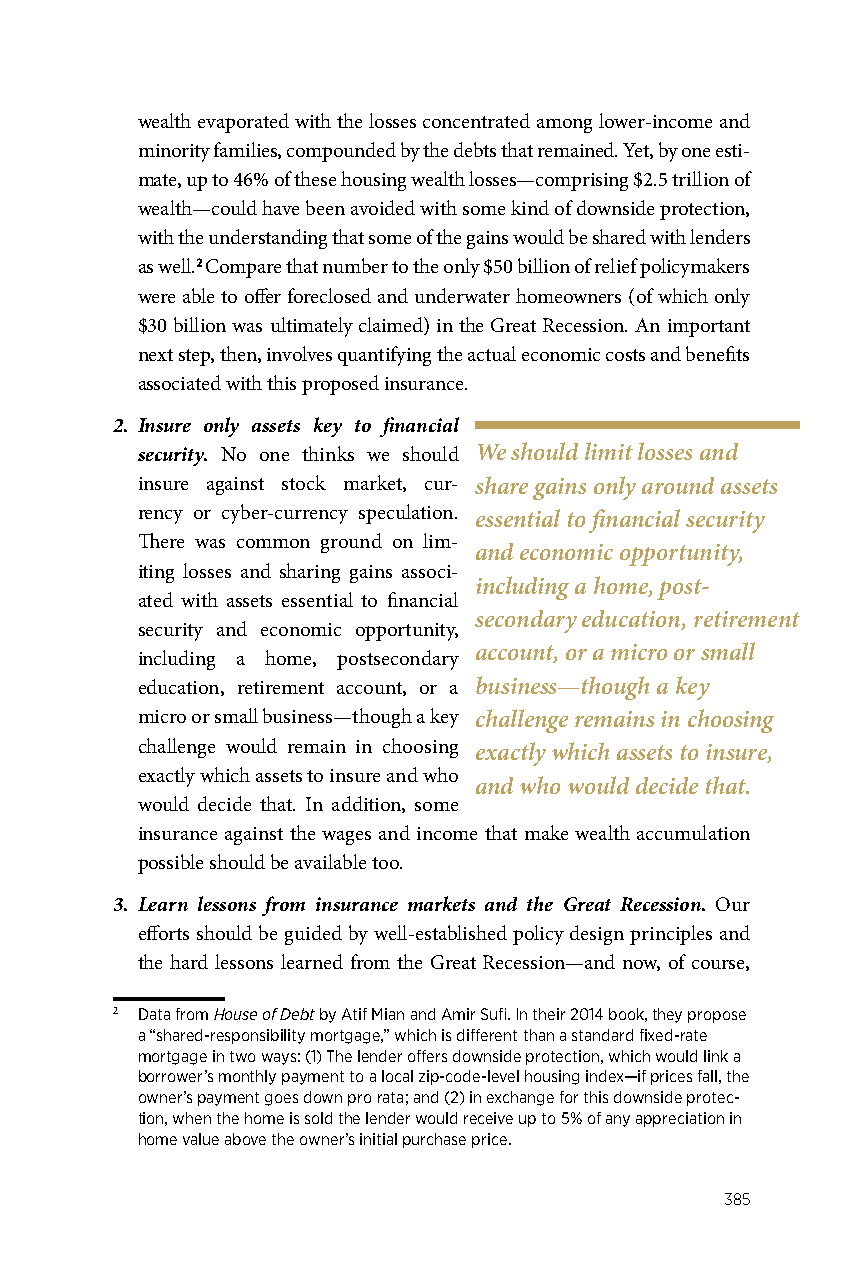
wealth evaporated with the losses concentrated among lower-income and
 minority families, compounded by the debts that remained. Yet, by one esti-
 mate, up to 46% of these housing wealth losses—comprising $2.5 trillion of
 wealth—could have been avoided with some kind of downside protection,
 with the understanding that some of the gains would be shared with lenders
 as well.2 Compare that number to the only $50 billion of relief policymakers
 were able to offer foreclosed and underwater homeowners (of which only
 $30 billion was ultimately claimed) in the Great Recession. An important
 next step, then, involves quantifying the actual economic costs and benefits
 associated with this proposed insurance.
 2. Insure only assets key to financial
 security. No one thinks we should We should limit losses and
 insure against stock market, cur- share gains only around assets
 rency or cyber-currency speculation. essential to financial security
 There was common ground on lim-
 and economic opportunity,
 iting losses and sharing gains associ-
 including a home, post-
 ated with assets essential to financial
 secondary education, retirement
 security and economic opportunity,
 account, or a micro or small
 including a home, postsecondary
 education, retirement account, or a business—though a key
 micro or small business—though a key challenge remains in choosing
 challenge would remain in choosing exactly which assets to insure,
 exactly which assets to insure and who
 and who would decide that.
 would decide that. In addition, some
 insurance against the wages and income that make wealth accumulation
 possible should be available too.
 3. Learn lessons from insurance markets and the Great Recession. Our
 efforts should be guided by well-established policy design principles and
 the hard lessons learned from the Great Recession—and now, of course,
 2 Data from House of Debt by Atif Mian and Amir Sufi. In their 2014 book, they propose
 a “shared-responsibility mortgage,” which is different than a standard fixed-rate
 mortgage in two ways: (1) The lender offers downside protection, which would link a
 borrower’s monthly payment to a local zip-code-level housing index—if prices fall, the
 owner’s payment goes down pro rata; and (2) in exchange for this downside protec-
 tion, when the home is sold the lender would receive up to 5% of any appreciation in
 home value above the owner’s initial purchase price.
 385